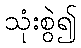
သုံးစွဲ၍